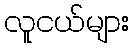
လူငယ်များ